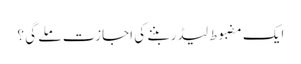
ایک مضبوط لیڈر بننے کی اجازت ملے گی ؟